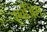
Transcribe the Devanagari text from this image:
एवंजिस